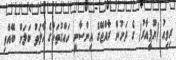
ރިވިއު (ޔޫޕީއާރު) ގެ ދަށުން ރާއްޖޭގެ އިންސާނީ ހައްގުތަކުގެ ހާލަތު ބަލަން ބޭއްވި